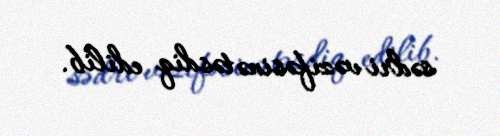
sədri vəzifəsinə təsdiq edilib.